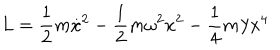
LaTeX: L = \frac 1 2 m \dot { x } ^ { 2 } - \frac 1 2 m { \omega } ^ { 2 } x ^ { 2 } - \frac 1 4 m \lambda x ^ { 4 }